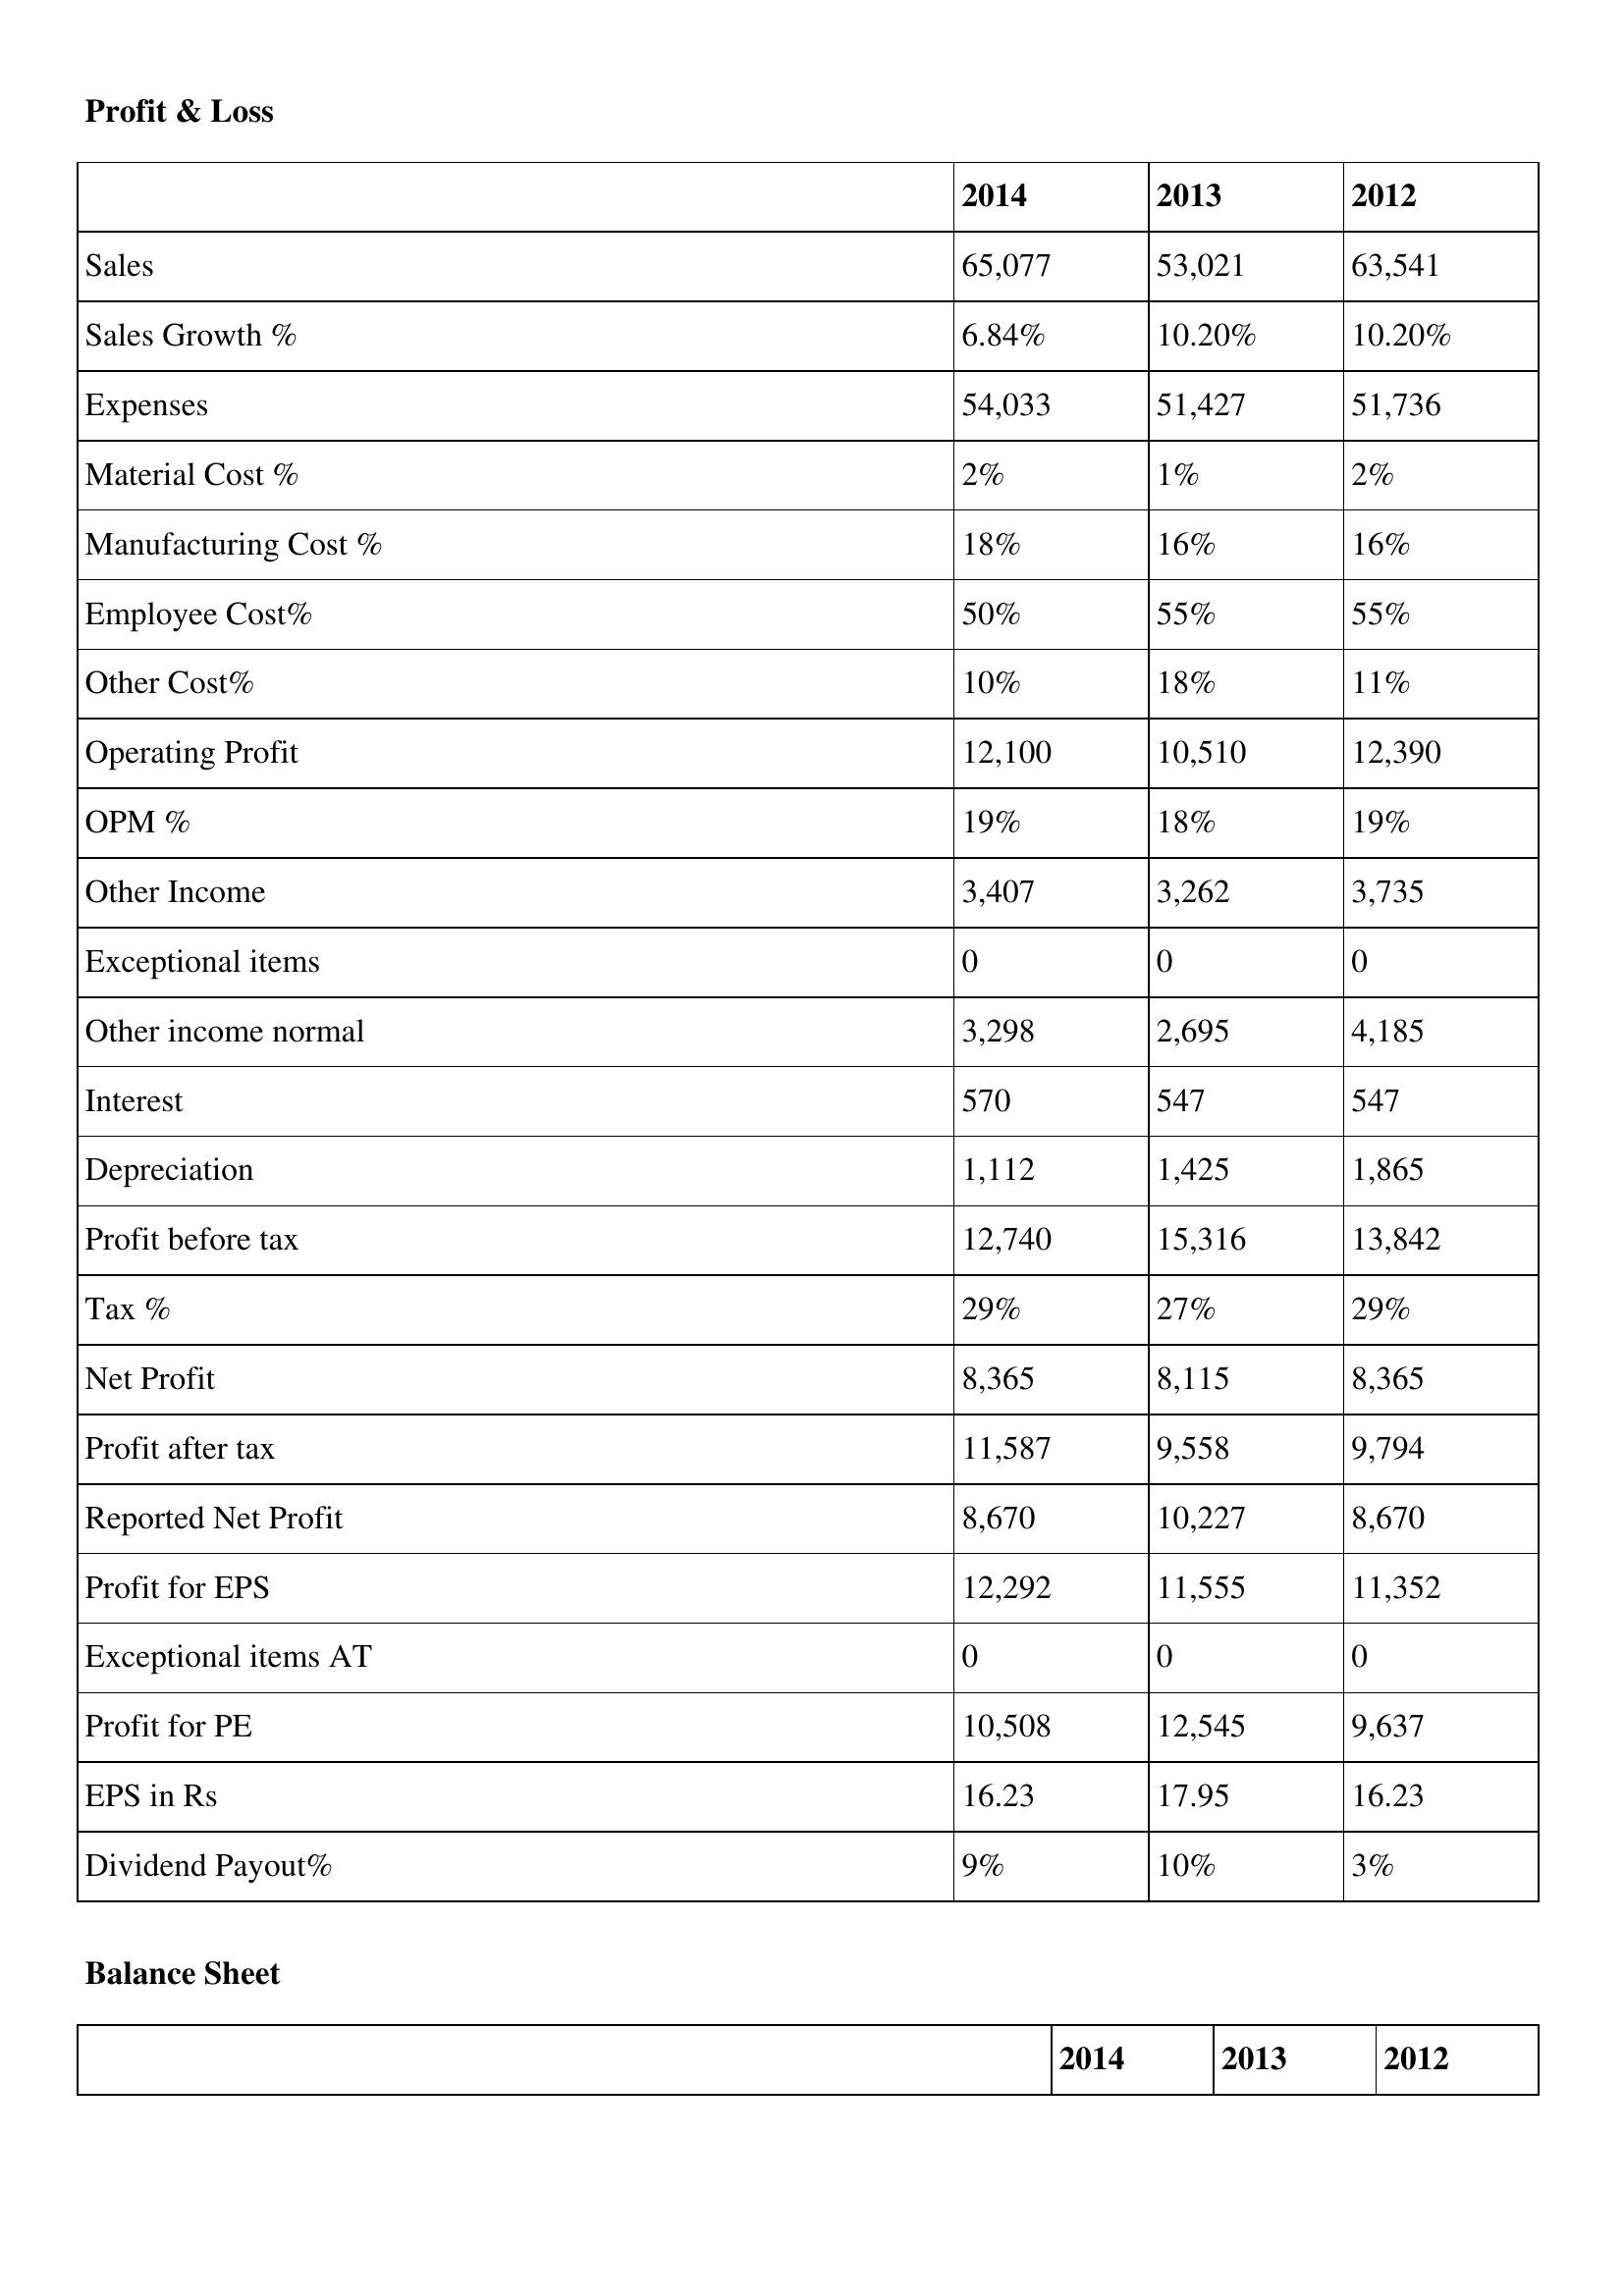
gt_parse: 2014: Profit & Loss: Sales: 65,077
Sales Growth %: 6.84%
Expenses: 54,033
Material Cost %: 2%
Manufacturing Cost %: 18%
Employee Cost%: 50%
Other Cost%: 10%
Operating Profit: 12,100
OPM %: 19%
Other Income: 3,407
Exceptional items: 0
Other income normal: 3,298
Interest: 570
Depreciation: 1,112
Profit before tax: 12,740
Tax %: 29%
Net Profit: 8,365
Profit after tax: 11,587
Reported Net Profit: 8,670
Profit for EPS: 12,292
Exceptional items AT: 0
Profit for PE: 10,508
EPS in Rs: 16.23
Dividend Payout%: 9%
2013: Profit & Loss: Sales: 53,021
Sales Growth %: 10.20%
Expenses: 51,427
Material Cost %: 1%
Manufacturing Cost %: 16%
Employee Cost%: 55%
Other Cost%: 18%
Operating Profit: 10,510
OPM %: 18%
Other Income: 3,262
Exceptional items: 0
Other income normal: 2,695
Interest: 547
Depreciation: 1,425
Profit before tax: 15,316
Tax %: 27%
Net Profit: 8,115
Profit after tax: 9,558
Reported Net Profit: 10,227
Profit for EPS: 11,555
Exceptional items AT: 0
Profit for PE: 12,545
EPS in Rs: 17.95
Dividend Payout%: 10%
2012: Profit & Loss: Sales: 63,541
Sales Growth %: 10.20%
Expenses: 51,736
Material Cost %: 2%
Manufacturing Cost %: 16%
Employee Cost%: 55%
Other Cost%: 11%
Operating Profit: 12,390
OPM %: 19%
Other Income: 3,735
Exceptional items: 0
Other income normal: 4,185
Interest: 547
Depreciation: 1,865
Profit before tax: 13,842
Tax %: 29%
Net Profit: 8,365
Profit after tax: 9,794
Reported Net Profit: 8,670
Profit for EPS: 11,352
Exceptional items AT: 0
Profit for PE: 9,637
EPS in Rs: 16.23
Dividend Payout%: 3%